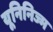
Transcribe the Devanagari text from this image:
यूनिनिज्म